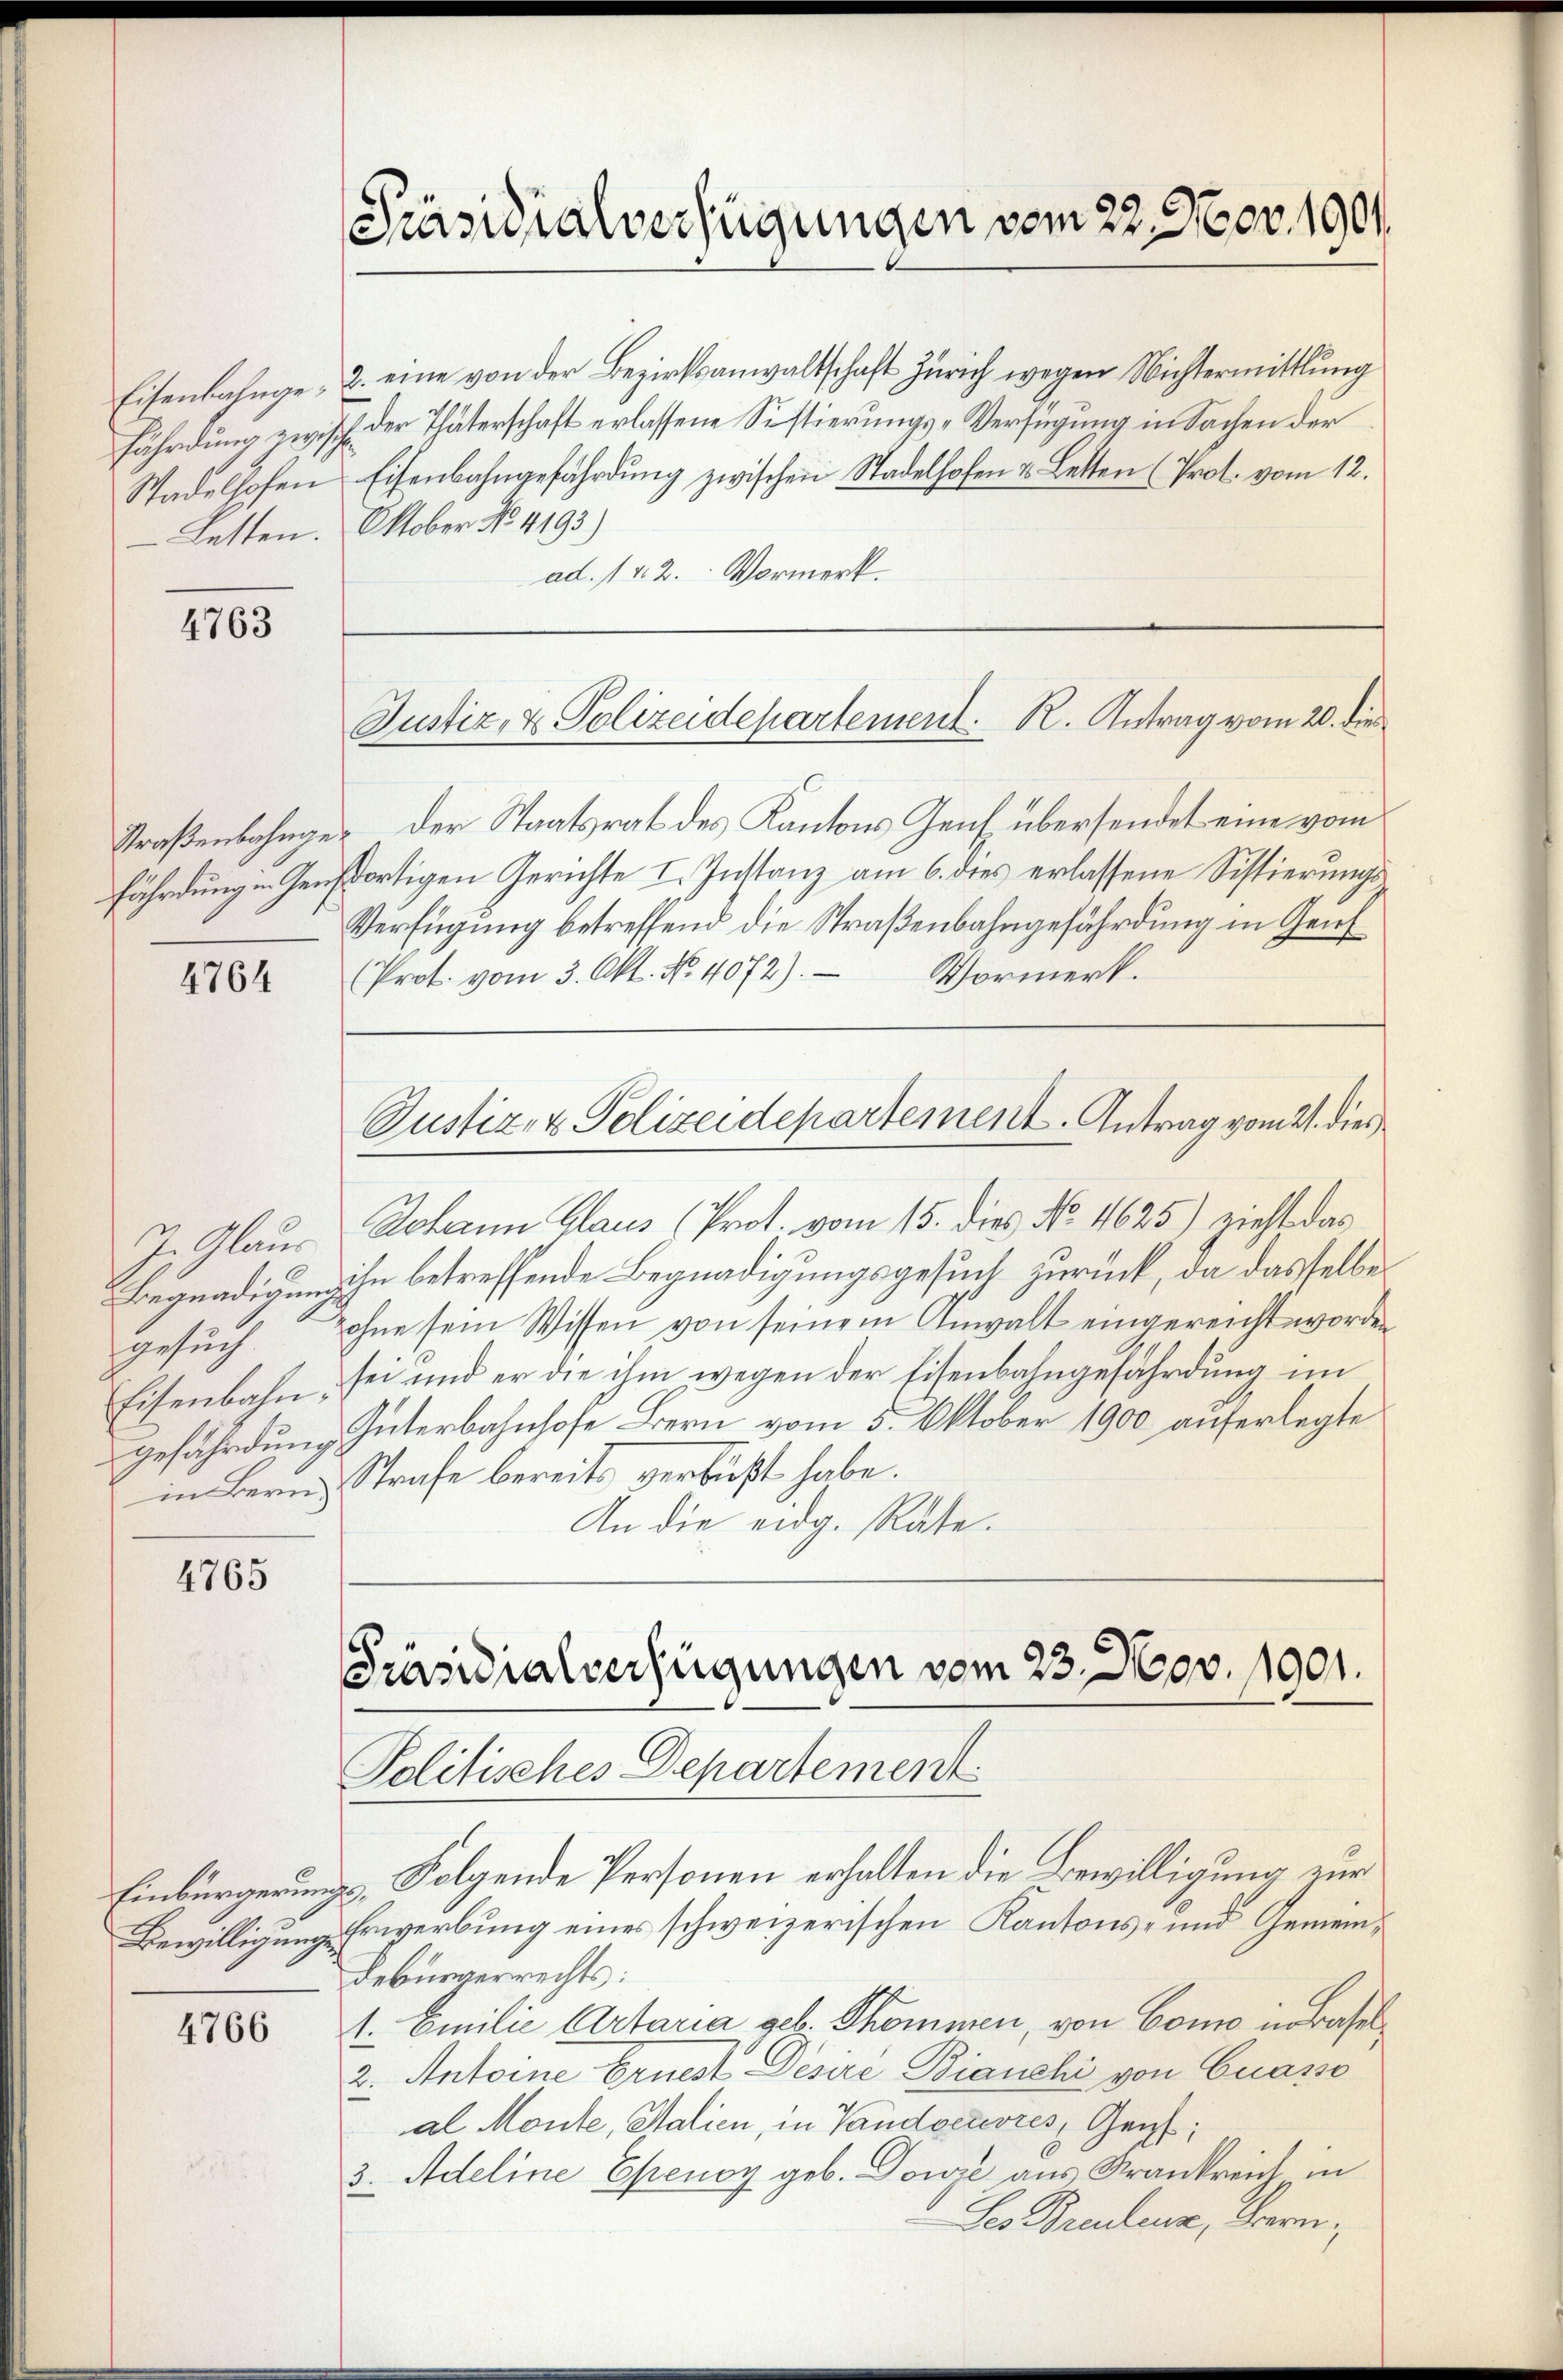
4763

4764

gesuch

4765

Eisenbahnge 2. eine von der Bezirksanwaltschaft Zürich wegen Nichtermittlung
fährdung zwisch der Thäterschaft erlassene Sistierungs-Verfügung in Sachen der
Stadelhofen Eisenbahngefährdung zwischen Stadelhofen u. Letten (Prot. vom 12.
Letten. Oktober No. 4193)
ad. 1 v. 2. Vormerk.

4766

Präsidialverfügungen vom 22. Nov. 1901.

Justiz- & Polizeidepartement. R. Antrag vom 20. die

Justiz- & Polizeidepartement. Antrag vom 21. dies

Präsidialverfügungen vom 23. Nov. 1901.
Politisches Departement

Straßenbahnges der Staatsrat des Kantons Genf übersendet eine vom
fährdung u. Gendortigen Gerichte I. Instanz am 6. dies erlassene Sistierungs
Verfügung betreffend die Straßenbahngefährdung in Gene¬
Vormerk.
(Prot. vom 3. Okt. No. 4072).
J. Glaus Johann Glaus (Prot. vom 15. dies No. 4625) zieht das
Begnadigung ihn betreffende Begnadigungsgesuch zurück, da das selbe
Zohne sein Wissen von seinem Anwalt eingereicht worden
Eisenbahn, sei und er die ihm wegen der Eisenbahngefährdung im
gefährdung Interbahnhofe Bern vom 5. Oktober 1900 auferlegte
in Bern Strafe bereits verbüßt habe.
An die eidg. Rate.

Einbürgerungs- Folgende Personen erhalten die Bewilligung zur
Bewilligung Erwerbung eines schweizerischen Kantons- und Gemein¬
Debürgerrechts:
1. Emilie Artaria geb. Thommen, von Como in Basel¬
2. Antoine Ernest Desiré Bianchi von Cuasso
al Monte, Salien, in Vandoeuvres, Genf,
3. Adeline Ehenoy geb. Dowze aus Krankreich in
Ses Brautena, Bern,